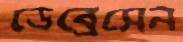
ডেব্রেসেন